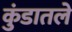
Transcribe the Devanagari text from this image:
कुंडातले